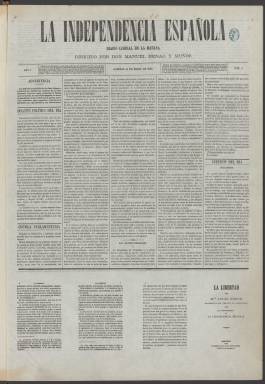
Título: La Independencia española (Madrid. 1869)
Colección: Periódicos
Ámbito geográfico: Madrid
Lugar de publicación: Madrid
Fechas: 14/03/1869-07/10/1873